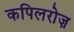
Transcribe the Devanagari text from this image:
कपिलरोज़